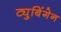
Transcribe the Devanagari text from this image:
ट्युबिंगेन